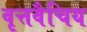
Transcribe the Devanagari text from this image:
वृत्तवैचिय